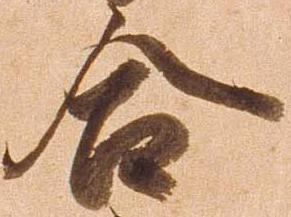
合